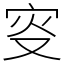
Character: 叜